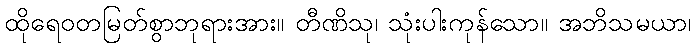
ထိုရေဝတမြတ်စွာဘုရားအား။ တီဏိသု၊ သုံးပါးကုန်သော။ အဘိသမယာ၊